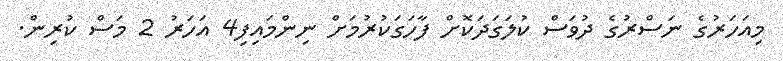
މިއަހަރުގެ ނަސްރުގެ ދުވަސް ކުލަގަދަކޮށް ފާހަގަކުރުމަށް ނިންމައިފި4 އަހަރު 2 މަސް ކުރިން.